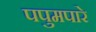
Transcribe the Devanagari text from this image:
पपुमपारे